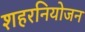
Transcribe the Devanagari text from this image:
शहरनियोजन